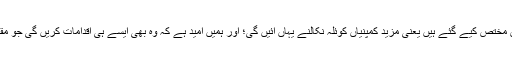
تھرپارکر میں کوئلے کے تیرہ بلاکس مختص کیے گئے ہیں یعنی مزید کمپنیاں کوئلہ نکالنے یہاں آئیں گی؛ اور ہمیں امید ہے کہ وہ بھی ایسے ہی اقدامات کریں گی جو مقامی آبادی کےلیے فائدہ مند ثابت ہوں۔